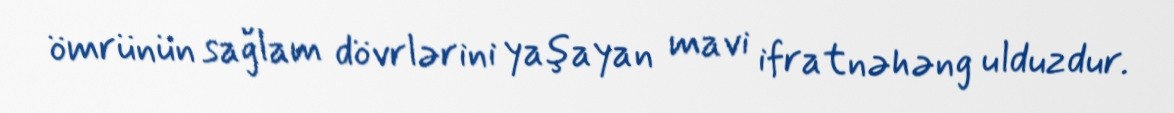
ömrünün sağlam dövrlərini yaşayan mavi ifratnəhəng ulduzdur.